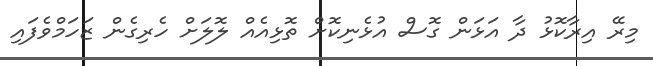
މިރޭ އިރާކޮޅު ދާ އަޅަން ގޮސް އުޅެނިކޮށް ތޮޅިއެއް ލޮލަށް ހެރިގެން ޒަހަމްވެފައި